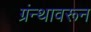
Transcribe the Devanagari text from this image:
ग्रंन्थावरून